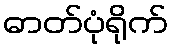
ဓာတ်ပုံရိုက်